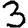
Digit: 3